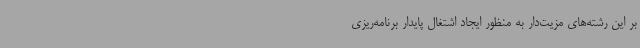
بر این رشته‌های مزیت‌دار به منظور ایجاد اشتغال پایدار برنامه‌ریزی